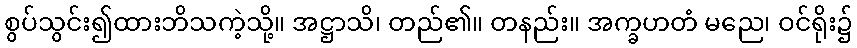
စွပ်သွင်း၍ထားဘိသကဲ့သို့။ အဋ္ဌာသိ၊ တည်၏။ တနည်း။ အက္ခဟတံ မညေ၊ ဝင်ရိုး၌